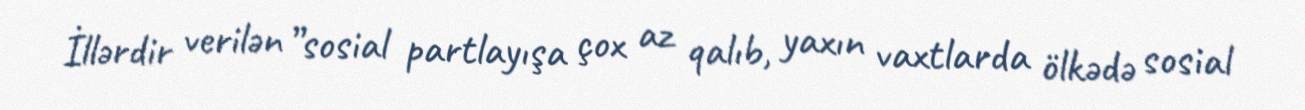
İllərdir verilən ”sosial partlayışa çox az qalıb, yaxın vaxtlarda ölkədə sosial